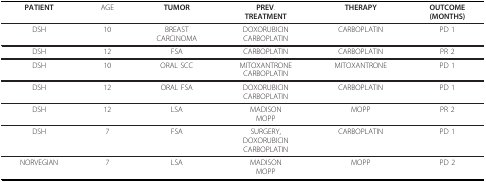
<table><thead><tr><td><b>PATIENT</b></td><td><b>AGE</b></td><td><b>TUMOR</b></td><td><b>PREV.TREATMENT</b></td><td><b>THERAPY</b></td><td><b>OUTCOME(MONTHS)</b></td></tr></thead><tbody><tr><td>DSH</td><td>10</td><td>BREASTCARCINOMA</td><td>DOXORUBICINCARBOPLATIN</td><td>CARBOPLATIN</td><td>PD 1</td></tr><tr><td>DSH</td><td>12</td><td>FSA</td><td>CARBOPLATIN</td><td>CARBOPLATIN</td><td>PR 2</td></tr><tr><td>DSH</td><td>10</td><td>ORAL SCC</td><td>MITOXANTRONECARBOPLATIN</td><td>MITOXANTRONE</td><td>PD 1</td></tr><tr><td>DSH</td><td>12</td><td>ORAL FSA</td><td>DOXORUBICINCARBOPLATIN</td><td>CARBOPLATIN</td><td>PD 1</td></tr><tr><td>DSH</td><td>12</td><td>LSA</td><td>MADISONMOPP</td><td>MOPP</td><td>PR 2</td></tr><tr><td>DSH</td><td>7</td><td>FSA</td><td>SURGERY,DOXORUBICINCARBOPLATIN</td><td>CARBOPLATIN</td><td>PD 1</td></tr><tr><td>NORVEGIAN</td><td>7</td><td>LSA</td><td>MADISONMOPP</td><td>MOPP</td><td>PD 2</td></tr></tbody></table>